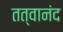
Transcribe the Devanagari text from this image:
तत्वानंद